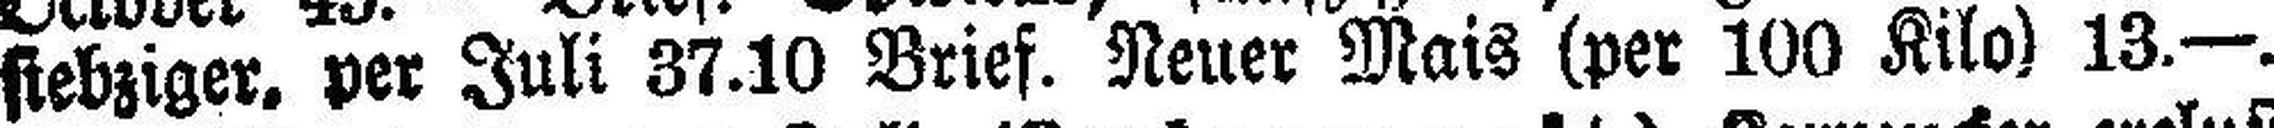
siebziger, per Juli 37.10 Brief. Neuer Mais (per 100 Kilo) 13.—.